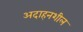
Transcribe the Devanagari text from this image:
अदाहनशील